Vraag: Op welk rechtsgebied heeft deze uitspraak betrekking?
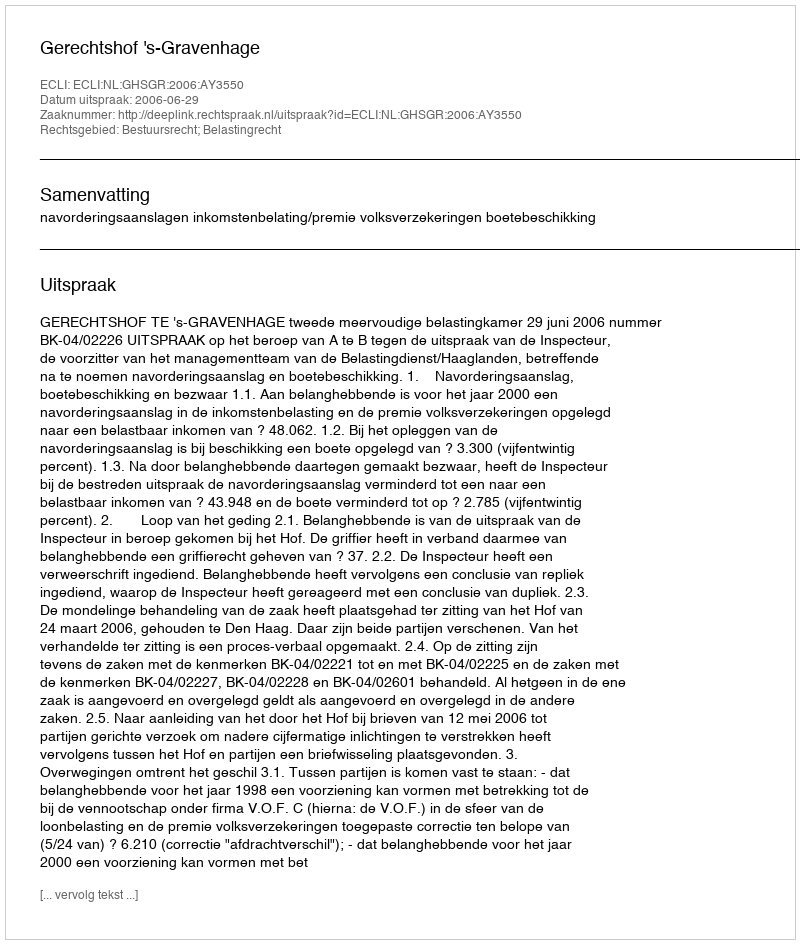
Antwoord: Bestuursrecht; Belastingrecht